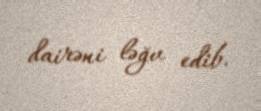
dairəni ləğv edib.